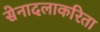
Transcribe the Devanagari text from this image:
सेनादलाकरिता